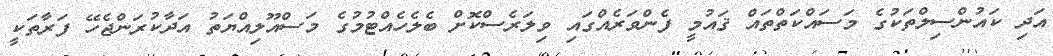
އަދި ކައުންސިލްތަކުގެ މަސައްކަތްތައް ޤައުމީ ފެންވަރެއްގައި ވިލަރެސްކޮށް ބެލެހެއްޓުމުގެ މަސްއޫލިއްޔަތު އަދާކުރަންޖެހޭ ފަރާތަކީ